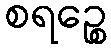
စရဉ္စေ